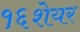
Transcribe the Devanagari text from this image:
१६शेयर